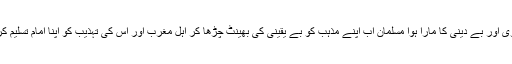
بے راہ روی اور بے دینی کا مارا ہوا مسلمان اب اپنے مذہب کو بے یقینی کی بھینٹ چڑھا کر اہل مغرب اور اس کی تہذیب کو اپنا امام تسلیم کر چکا ہے۔